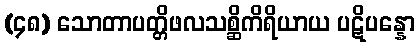
(၄၈) သောတာပတ္တိဖလသစ္ဆိကိရိယာယ ပဋိပန္နော